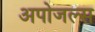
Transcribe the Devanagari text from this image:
अपोजल्स